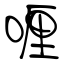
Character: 喱